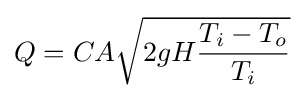
Q=CA{\sqrt {2gH{\frac {T_{i}-T_{o}}{T_{i}}}}}